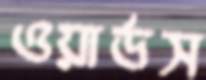
ওয়ার্ডস